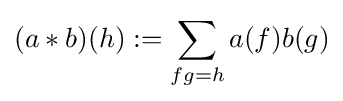
(a*b)(h):=\sum _{fg=h}a(f)b(g)